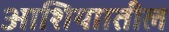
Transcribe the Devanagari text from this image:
आशियाातील